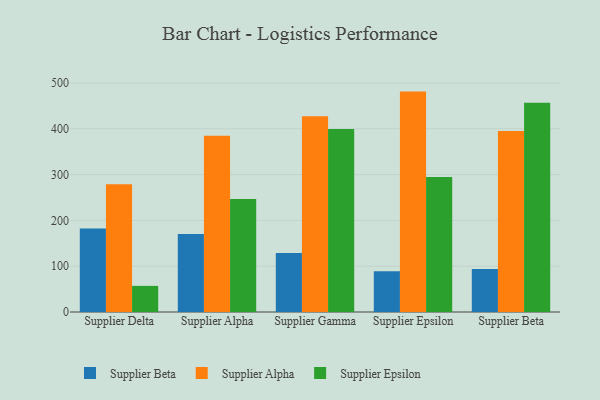
{"axis": {"x": "Supplier", "y": "Net Income (USD K)"}, "legend": ["Supplier Alpha", "Supplier Beta", "Supplier Epsilon"], "data": [{"x": "Supplier Delta", "y": 182.4, "type": "Supplier Beta"}, {"x": "Supplier Delta", "y": 279.1, "type": "Supplier Alpha"}, {"x": "Supplier Delta", "y": 57.0, "type": "Supplier Epsilon"}, {"x": "Supplier Alpha", "y": 170.1, "type": "Supplier Beta"}, {"x": "Supplier Alpha", "y": 384.6, "type": "Supplier Alpha"}, {"x": "Supplier Alpha", "y": 246.7, "type": "Supplier Epsilon"}, {"x": "Supplier Gamma", "y": 128.7, "type": "Supplier Beta"}, {"x": "Supplier Gamma", "y": 427.2, "type": "Supplier Alpha"}, {"x": "Supplier Gamma", "y": 399.4, "type": "Supplier Epsilon"}, {"x": "Supplier Epsilon", "y": 88.7, "type": "Supplier Beta"}, {"x": "Supplier Epsilon", "y": 481.1, "type": "Supplier Alpha"}, {"x": "Supplier Epsilon", "y": 294.5, "type": "Supplier Epsilon"}, {"x": "Supplier Beta", "y": 93.9, "type": "Supplier Beta"}, {"x": "Supplier Beta", "y": 395.2, "type": "Supplier Alpha"}, {"x": "Supplier Beta", "y": 456.7, "type": "Supplier Epsilon"}]}